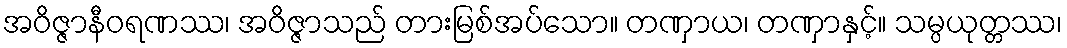
အဝိဇ္ဇာနီဝရဏဿ၊ အဝိဇ္ဇာသည် တားမြစ်အပ်သော။ တဏှာယ၊ တဏှာနှင့်။ သမ္ပယုတ္တဿ၊